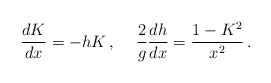
\begin{align*}\frac{dK}{dx}=-hK\,,\hspace{5mm}\frac{2}{g}\frac{dh}{dx}=\frac{1-K^2}{x^2}\,.\end{align*}